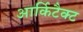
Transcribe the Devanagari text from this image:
आर्किटैक्ट